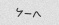
۶-۸